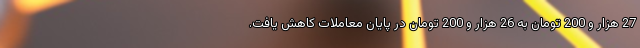
27 هزار و 200 تومان به 26 هزار و 200 تومان در پایان معاملات کاهش یافت.